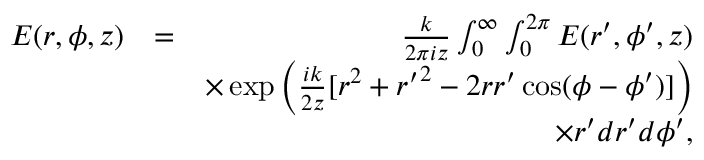
\begin{array} { r l r } { E ( r , \phi , z ) } & { = } & { \frac { k } { 2 \pi i z } \int _ { 0 } ^ { \infty } \int _ { 0 } ^ { 2 \pi } E ( r ^ { \prime } , \phi ^ { \prime } , z ) } \\ & { } & { \times \exp \left( \frac { i k } { 2 z } [ r ^ { 2 } + { r ^ { \prime } } ^ { 2 } - 2 r r ^ { \prime } \cos ( \phi - \phi ^ { \prime } ) ] \right) } \\ & { } & { \times r ^ { \prime } d r ^ { \prime } d \phi ^ { \prime } , } \end{array}